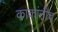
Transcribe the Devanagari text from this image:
काकांनीच